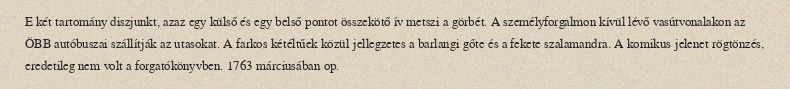
E két tartomány diszjunkt, azaz egy külső és egy belső pontot összekötő ív metszi a görbét. A személyforgalmon kívül lévő vasútvonalakon az ÖBB autóbuszai szállítják az utasokat. A farkos kétéltűek közül jellegzetes a barlangi gőte és a fekete szalamandra. A komikus jelenet rögtönzés, eredetileg nem volt a forgatókönyvben. 1763 márciusában op.